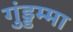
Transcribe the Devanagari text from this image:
गुंड्डम्मा